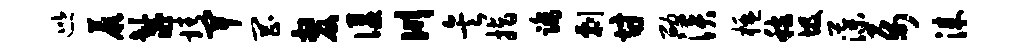
巡蕨鬣靖卑罔嫠偃川矣指踏剽甘劭淡楹稼圾藻属漆